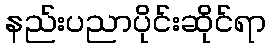
နည်းပညာပိုင်းဆိုင်ရာ